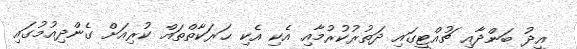
އީދު ބަންދާއި ޗުއްޓީގައި ދަތުރުކުރުމާއި އެކި އެކި ޙަރަކާތްތައް ކުރިއަށް ގެންދިއުމުގައި